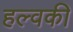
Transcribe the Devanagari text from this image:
हल्वकी